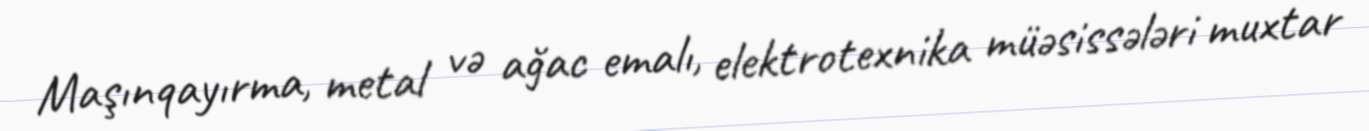
Maşınqayırma, metal və ağac emalı, elektrotexnika müəsissələri muxtar